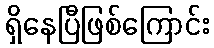
ရှိနေပြီဖြစ်ကြောင်း